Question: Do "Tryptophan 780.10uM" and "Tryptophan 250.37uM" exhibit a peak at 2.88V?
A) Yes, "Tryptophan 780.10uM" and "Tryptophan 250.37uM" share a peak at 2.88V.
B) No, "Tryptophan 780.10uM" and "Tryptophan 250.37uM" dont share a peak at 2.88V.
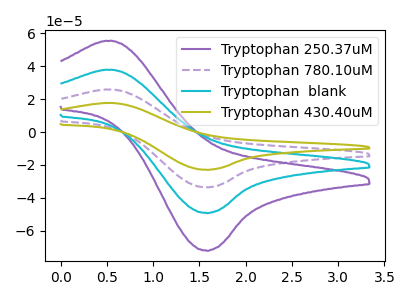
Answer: <think>The purple curve "Tryptophan 250.37uM" has an anodic peak at (0.55V, 55.25uA) and a cathodic peak at (1.60V, -72.10uA). The purple dashed curve "Tryptophan 780.10uM" has an anodic peak at (0.55V, 75.45uA) and a cathodic peak at (1.60V, -98.50uA). The cyan curve "Tryptophan  blank" has an anodic peak at (0.55V, 37.75uA) and a cathodic peak at (1.60V, -49.25uA). The olive curve "Tryptophan 430.40uM" has an anodic peak at (0.55V, 113.20uA) and a cathodic peak at (1.60V, -147.70uA).</think>
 <answer>B) No, "Tryptophan 780.10uM" and "Tryptophan 250.37uM" dont share a peak at 2.88V.</answer>
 <eval>B</eval>